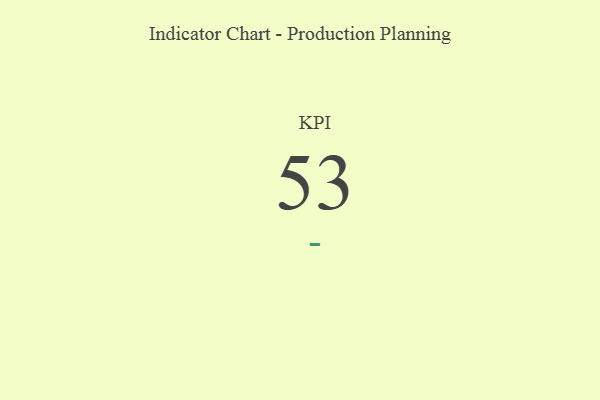
{"axis": {"x": "KPI", "y": "Value"}, "legend": [""], "data": [{"x": "KPI", "y": 53, "type": ""}]}